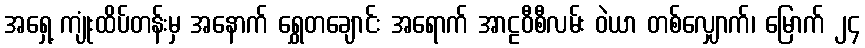
အရှေ့ ကျုံးထိပ်တန်းမှ အနောက် ရွှေတချောင်း အရောက် အာဠဝီစီလမ်း ဝဲယာ တစ်လျှောက်၊ မြောက် ၂၄